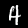
Label: 4